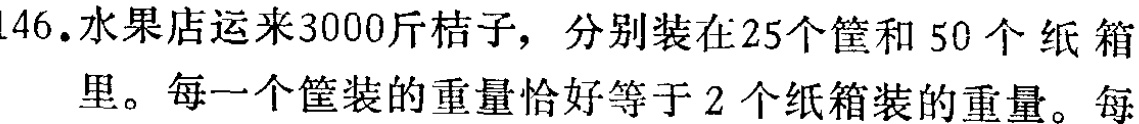
146. 水果店运来3000斤桔子，分别装在25个筐和50个纸箱里。每一个筐装的重量恰好等于2个纸箱装的重量。每